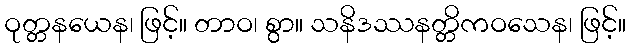
ဝုတ္တနယေန၊ ဖြင့်။ တာဝ၊ စွာ။ သနိဒဿနတ္တိကဝသေန၊ ဖြင့်။